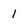
Character: 1